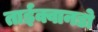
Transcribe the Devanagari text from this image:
ताईक्वानडो